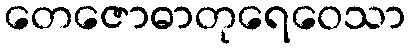
တေဇောဓာတုရေဝေသာ